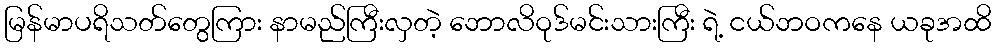
မြန်မာပရိသတ်တွေကြား နာမည်ကြီးလှတဲ့ ဘောလိဝုဒ်မင်းသားကြီး ရဲ့ ငယ်ဘဝကနေ ယခုအထိ